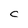
Character: C